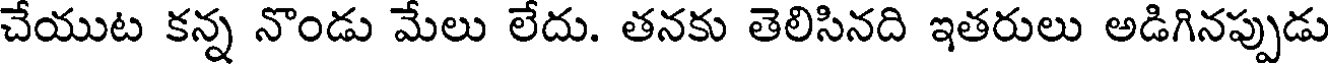
చేయుట కన్న నొండు మేలు లేదు. తనకు తెలిసినది ఇతరులు అడిగినప్పుడు